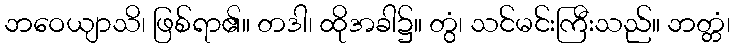
ဘဝေယျာသိ၊ ဖြစ်ရာ၏။ တဒါ၊ ထိုအခါ၌။ တွံ၊ သင်မင်းကြီးသည်။ ဘတ္တံ၊